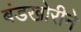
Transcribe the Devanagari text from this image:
बंडखोरीने